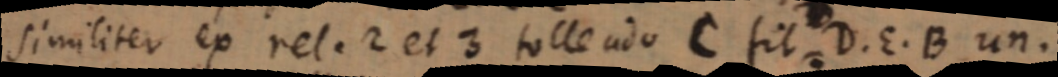
similiter ex rel. 2 et 3 tolle ado C fit D. E. B un.